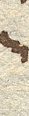
in